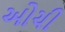
ઓચી